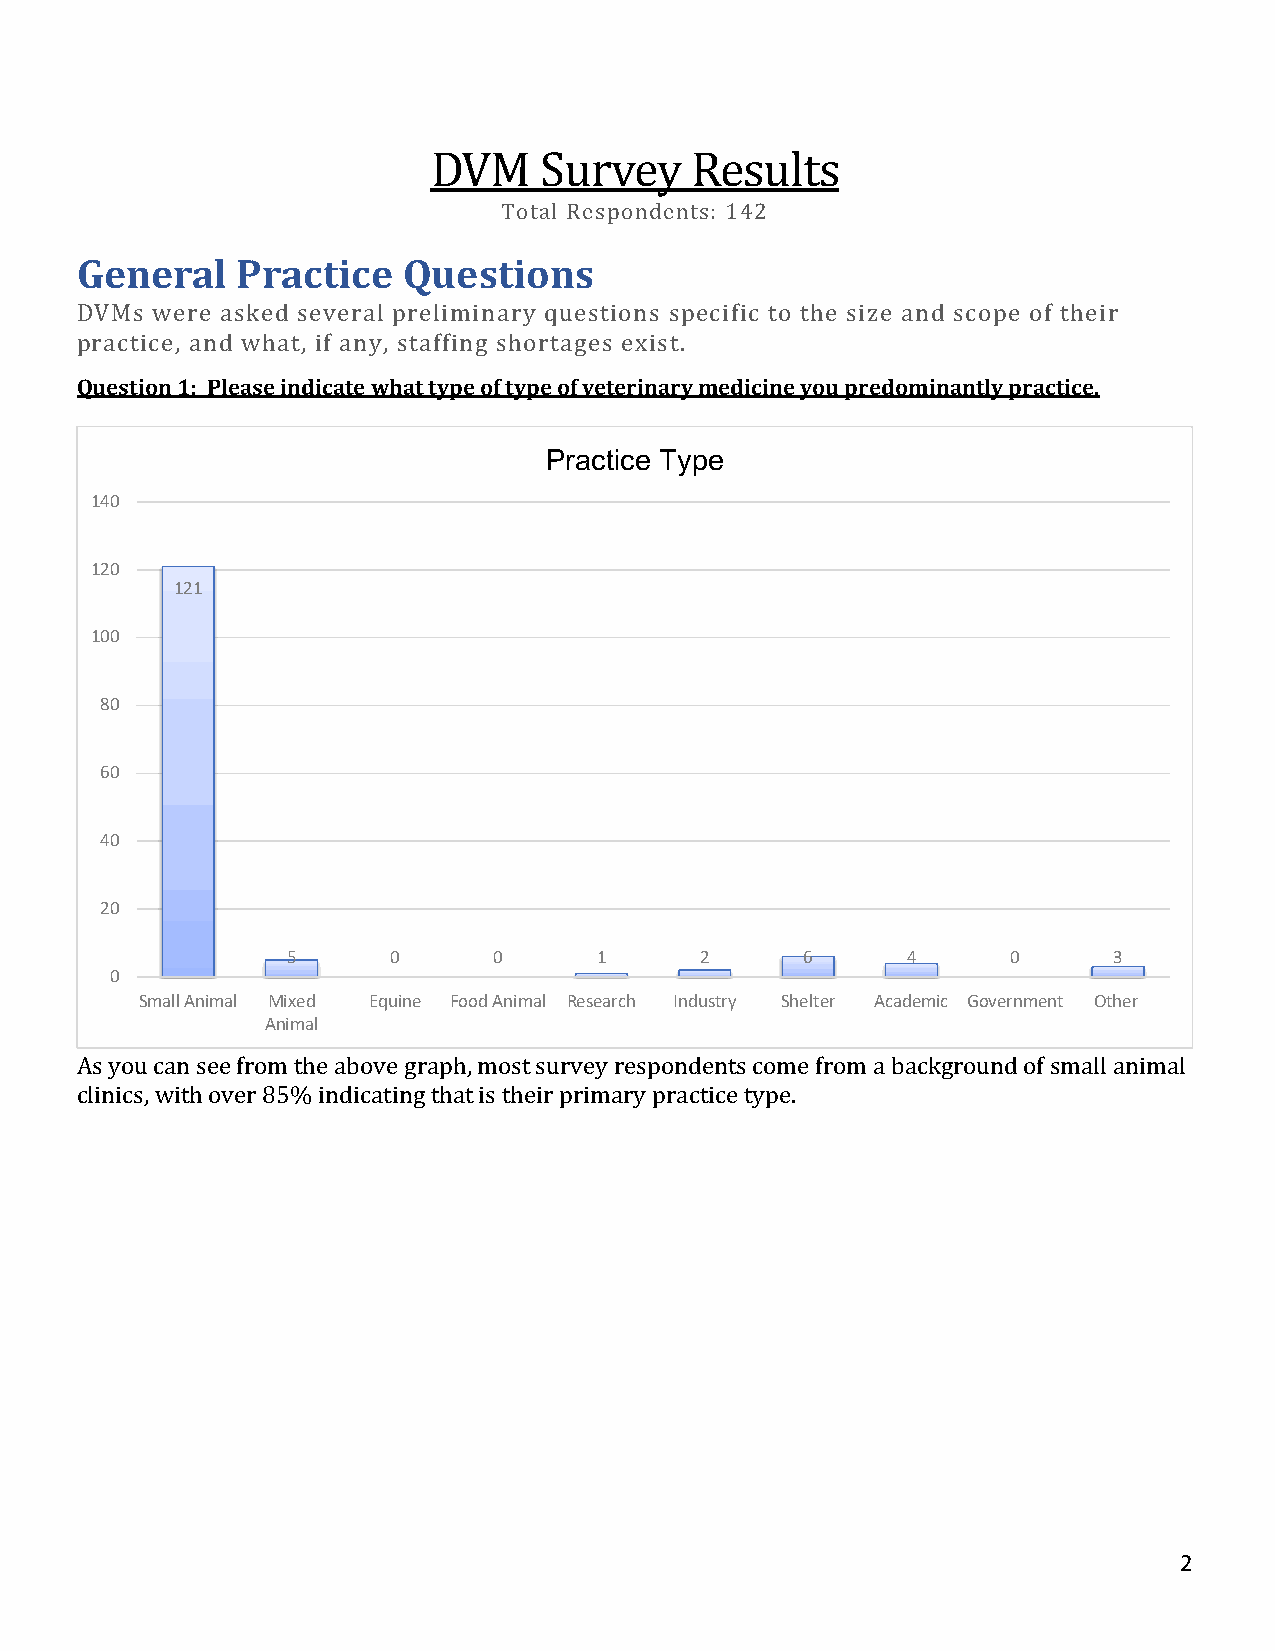
DVM    Survey    Results
 Total Respondents: 142
 General    Practice   Questions
 DVMs were asked several preliminary questions specific to the size and scope of their
 practice, and what, if any, staffing shortages exist.
 Question 1: Please indicate what type of type of veterinary medicine you predominantly practice.
 Practice Type
 140
 120
 121
 100
 80
 60
 40
 20
 5      0      0      1     2      6      4      0      3
 0
 Small Animal Mixed Equine Food Animal Research Industry Shelter Academic Government Other
 Animal
 As you can see from the above graph, most survey respondents come from a background of small animal
 clinics, with over 85% indicating that is their primary practice type.
 2